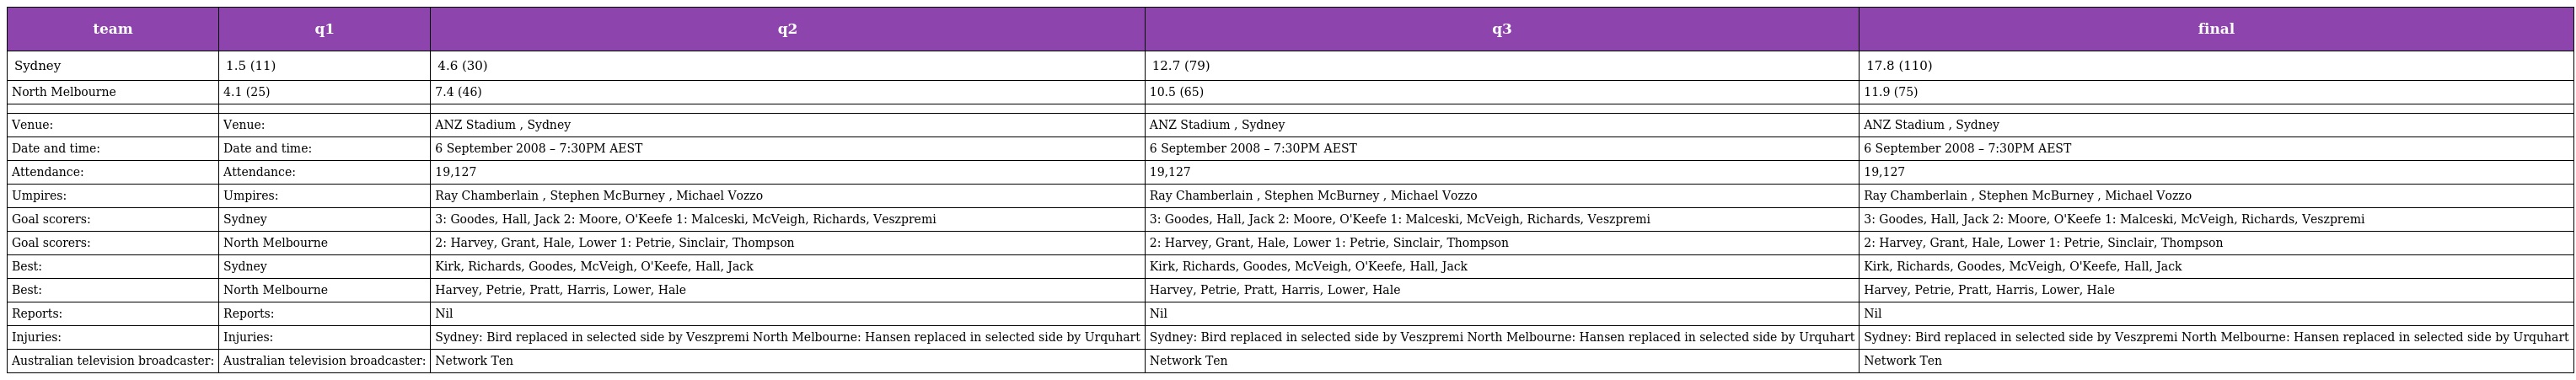
| team | q1 | q2 | q3 | final |
 | --- | --- | --- | --- | --- |
 | Sydney | 1.5 (11) | 4.6 (30) | 12.7 (79) | 17.8 (110) |
 | North Melbourne | 4.1 (25) | 7.4 (46) | 10.5 (65) | 11.9 (75) |
 |  |  |  |  |  |
 | Venue: | Venue: | ANZ Stadium , Sydney | ANZ Stadium , Sydney | ANZ Stadium , Sydney |
 | Date and time: | Date and time: | 6 September 2008 – 7:30PM AEST | 6 September 2008 – 7:30PM AEST | 6 September 2008 – 7:30PM AEST |
 | Attendance: | Attendance: | 19,127 | 19,127 | 19,127 |
 | Umpires: | Umpires: | Ray Chamberlain , Stephen McBurney , Michael Vozzo | Ray Chamberlain , Stephen McBurney , Michael Vozzo | Ray Chamberlain , Stephen McBurney , Michael Vozzo |
 | Goal scorers: | Sydney | 3: Goodes, Hall, Jack 2: Moore, O'Keefe 1: Malceski, McVeigh, Richards, Veszpremi | 3: Goodes, Hall, Jack 2: Moore, O'Keefe 1: Malceski, McVeigh, Richards, Veszpremi | 3: Goodes, Hall, Jack 2: Moore, O'Keefe 1: Malceski, McVeigh, Richards, Veszpremi |
 | Goal scorers: | North Melbourne | 2: Harvey, Grant, Hale, Lower 1: Petrie, Sinclair, Thompson | 2: Harvey, Grant, Hale, Lower 1: Petrie, Sinclair, Thompson | 2: Harvey, Grant, Hale, Lower 1: Petrie, Sinclair, Thompson |
 | Best: | Sydney | Kirk, Richards, Goodes, McVeigh, O'Keefe, Hall, Jack | Kirk, Richards, Goodes, McVeigh, O'Keefe, Hall, Jack | Kirk, Richards, Goodes, McVeigh, O'Keefe, Hall, Jack |
 | Best: | North Melbourne | Harvey, Petrie, Pratt, Harris, Lower, Hale | Harvey, Petrie, Pratt, Harris, Lower, Hale | Harvey, Petrie, Pratt, Harris, Lower, Hale |
 | Reports: | Reports: | Nil | Nil | Nil |
 | Injuries: | Injuries: | Sydney: Bird replaced in selected side by Veszpremi North Melbourne: Hansen replaced in selected side by Urquhart | Sydney: Bird replaced in selected side by Veszpremi North Melbourne: Hansen replaced in selected side by Urquhart | Sydney: Bird replaced in selected side by Veszpremi North Melbourne: Hansen replaced in selected side by Urquhart |
 | Australian television broadcaster: | Australian television broadcaster: | Network Ten | Network Ten | Network Ten |